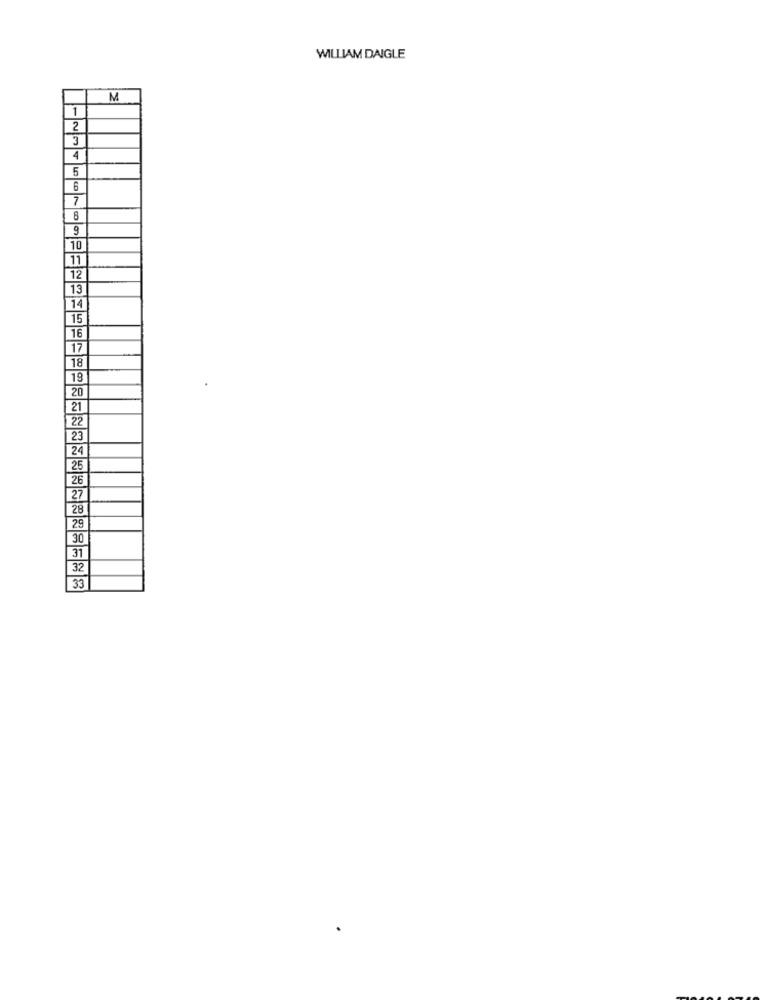
WILLIAM DAIGLE
M
1
2
3
4
5
6
7
8
10
11
12
13
14
15
16
17
18
19
20
21
22
23
24
25
26
27
28
29
30
31
32
33